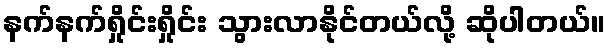
နက်နက်ရှိုင်းရှိုင်း သွားလာနိုင်တယ်လို့ ဆိုပါတယ်။